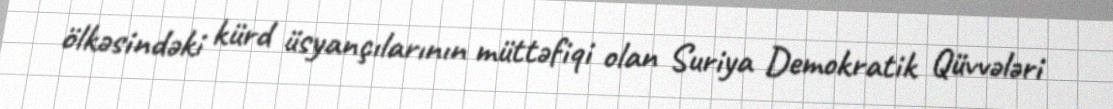
ölkəsindəki kürd üsyançılarının müttəfiqi olan Suriya Demokratik Qüvvələri